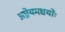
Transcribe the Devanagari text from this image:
अघ्रेयमद्ययोः